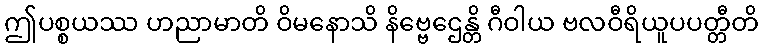
ဤပစ္စယဿ ဟညာမာတိ ဝိမနောသိ နိဗ္ဗေဌေန္တိ ဂီဝါယ ဗလဝီရိယူပပတ္တီတိ